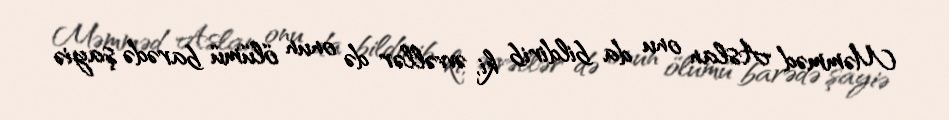
Məmməd Aslan onu da bildirib ki, əvvəllər də onun ölümü barədə şayiə